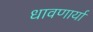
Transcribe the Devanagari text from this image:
धावणार्या